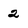
Character: 2